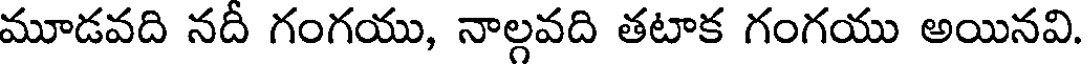
మూడవది నదీ గంగయు, నాల్గవది తటాక గంగయు అయినవి